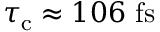
\tau _ { \mathrm { c } } \approx 1 0 6 ~ \mathrm { f s }